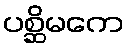
ပစ္ဆိမကေ